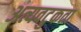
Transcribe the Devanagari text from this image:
अत्यवटुकता